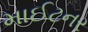
માઈટનર